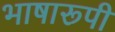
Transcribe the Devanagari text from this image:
भाषारूपी